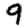
Digit: 9